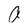
Character: O